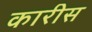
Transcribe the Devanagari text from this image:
कारीस